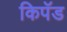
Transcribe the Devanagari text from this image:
किपॅड